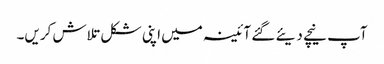
آپ نیچے دیئے گئے آئینہ میں اپنی شکل تلاش کریں۔